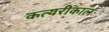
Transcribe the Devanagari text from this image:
कत्यरीकाल